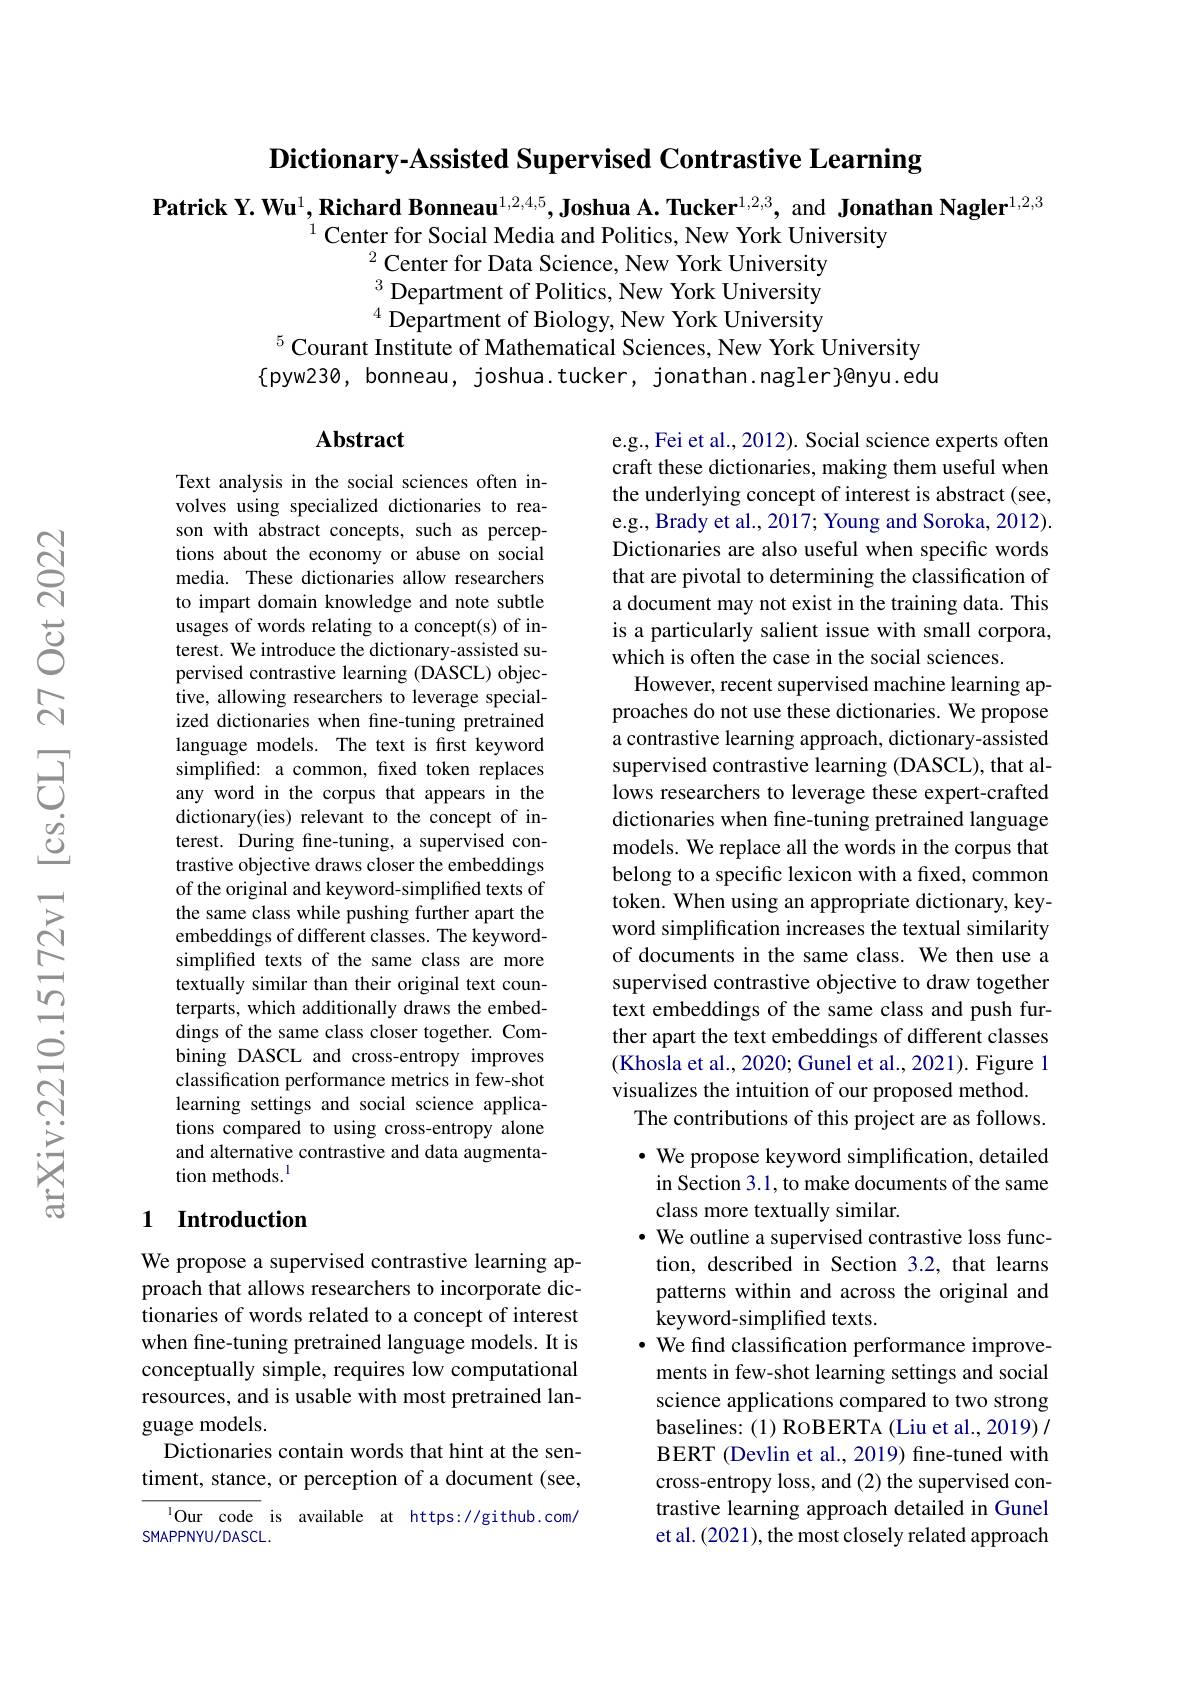
Dictionary-Assisted Supervised Contrastive Learning

Patrick Y. Wu$^1,\textbf{Richard Bonneau}^{1,2,4,5},\textbf{Joshua A.Tucker}^{1,2,3}$, and Jonathan Nagler$^1,2,3$
$^{1}$ Center for Social Media and Politics, New York University
$^{2}$Center for Data Science, New York University $^3$ Department of Politics, New York University $^{4}$ Department of Biology, New York University
$^{5}\hat{\text{Courant Institute of Mathematical Sciences, New York University}}$

$\{$pyw230, bonneau, joshua.tucker, jonathan.nagler}@nyu.edu

### $\mathbf{Abstract}$

Text analysis in the social sciences often involves using specialized dictionaries to reason with abstract concepts, such as perceptions about the economy or abuse on social media. These dictionaries allow researchers to impart domain knowledge and note subtle usages of words relating to a concept(s) of interest. We introduce the dictionary-assisted supervised contrastive learning (DASCL) objective, allowing researchers to leverage specialized dictionaries when fine-tuning pretrained language models. The text is first keyword simplified: a common, fixed token replaces any word in the corpus that appears in the dictionary(ies) relevant to the concept of interest. During fine-tuning, a supervised contrastive objective draws closer the embeddings of the original and keyword-simplified texts of the same class while pushing further apart the embeddings of different classes. The keywordsimplified texts of the same class are more textually similar than their original text counterparts, which additionally draws the embeddings of the same class closer together. Combining DASCL and cross-entropy improves classification performance metrics in few-shot learning settings and social science applications compared to using cross-entropy alone and alternative contrastive and data augmentation methods.$^{\mathrm{l}}$

e.g., Fei et al., 2012). Social science experts often craft these dictionaries, making them useful when the underlying concept of interest is abstract (see, e.g., Brady et al., 2017; Young and Soroka, 2012). Dictionaries are also useful when specific words that are pivotal to determining the classification of a document may not exist in the training data. This is a particularly salient issue with small corpora, which is often the case in the social sciences.
However, recent supervised machine learning approaches do not use these dictionaries. We propose a contrastive learning approach, dictionary-assisted supervised contrastive learning (DASCL), that allows researchers to leverage these expert-crafted dictionaries when fine-tuning pretrained language models. We replace all the words in the corpus that belong to a specific lexicon with a fixed, common token. When using an appropriate dictionary, keyword simplification increases the textual similarity of documents in the same class. We then use a supervised contrastive objective to draw together text embeddings of the same class and push further apart the text embeddings of different classes (Khosla et al., 2020; Gunel et al., 2021). {Figure~1} visualizes the intuition of our proposed method
The contributions of this project are as follows. $\cdot$ We propose keyword simplification, detailed in Section 3.1, to make documents of the same class more textually similar.
$\bullet$ We outline a supervised contrastive loss function, described in Section 3.2, that learns patterns within and across the original and keyword-simplified texts.
· We find classification performance improvements in few-shot learning settings and social science applications compared to two strong baselines: (1) RoBERTA (Liu et al., 2019) / BERT (Devlin et al., 2019) fine-tuned with cross-entropy loss, and (2) the supervised contrastive learning approach detailed in Gunel et al. (2021), the most closely related approach

## 1 Introduction

We propose a supervised contrastive learning approach that allows researchers to incorporate dictionaries of words related to a concept of interest when fine-tuning pretrained language models. It is conceptually simple, requires low computational resources, and is usable with most pretrained language models.
Dictionaries contain words that hint at the sentiment, stance, or perception of a document (see,
$^{1}$Our code is available at https://github.com/
SMAPPNYU/DASCL.